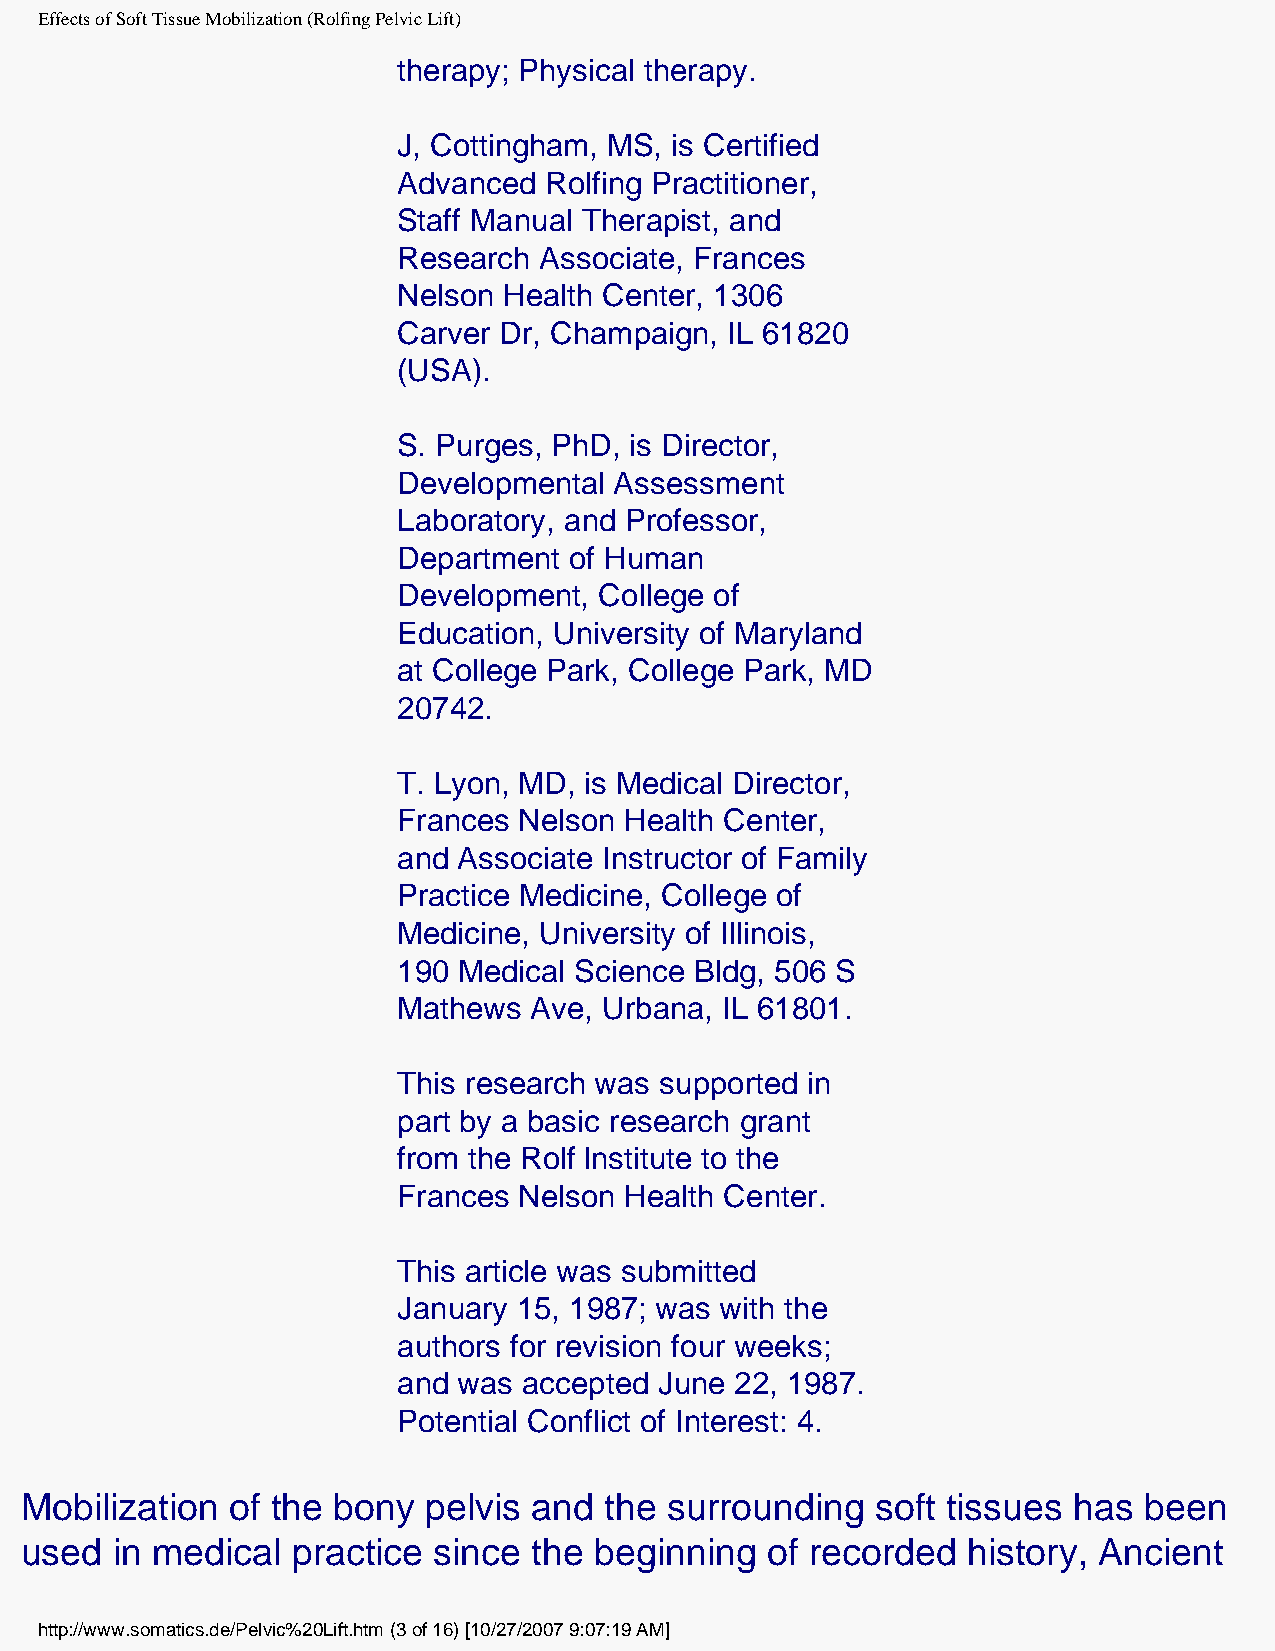
Effects of Soft Tissue Mobilization (Rolfing Pelvic Lift)
 therapy; Physical therapy.
 J, Cottingham, MS, is Certified
 Advanced  Rolfing Practitioner,
 Staff Manual Therapist, and
 Research  Associate, Frances
 Nelson Health Center, 1306
 Carver Dr, Champaign, IL 61820
 (USA).
 S. Purges, PhD, is Director,
 Developmental  Assessment
 Laboratory, and Professor,
 Department  of Human
 Development,  College of
 Education, University of Maryland
 at College Park, College Park, MD
 20742.
 T. Lyon, MD, is Medical Director,
 Frances Nelson Health Center,
 and Associate Instructor of Family
 Practice Medicine, College of
 Medicine, University of Illinois,
 190 Medical Science Bldg, 506 S
 Mathews  Ave, Urbana, IL 61801.
 This research was supported in
 part by a basic research grant
 from the Rolf lnstitute to the
 Frances Nelson Health Center.
 This article was submitted
 January 15, 1987; was with the
 authors for revision four weeks;
 and was  accepted June 22, 1987.
 Potential Conflict of Interest: 4.
 Mobilization  of the bony  pelvis and  the surrounding   soft tissues has  been
 used  in medical  practice  since the beginning   of recorded  history, Ancient
 http://www.somatics.de/Pelvic%20Lift.htm (3 of 16) [10/27/2007 9:07:19 AM]